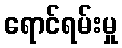
ရောင်ရမ်းမှု